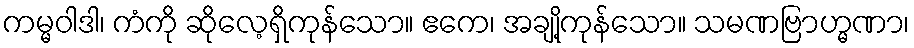
ကမ္မဝါဒါ၊ ကံကို ဆိုလေ့ရှိကုန်သော။ ဧကေ၊ အချို့ကုန်သော။ သမဏဗြာဟ္မဏာ၊